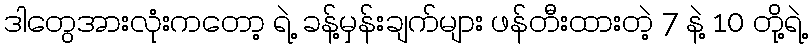
ဒါတွေအားလုံးကတော့ ရဲ့ ခန့်မှန်းချက်များ ဖန်တီးထားတဲ့ 7 နဲ့ 10 တို့ရဲ့